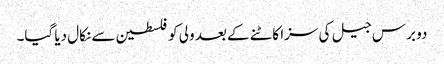
دو برس جیل کی سزا کاٹنے کے بعد ولی کو فلسطین سے نکال دیا گیا۔